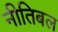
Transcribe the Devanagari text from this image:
नीतिबल